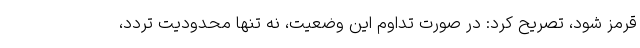
قرمز شود، تصریح کرد: در صورت تداوم این وضعیت، نه تنها محدودیت تردد،